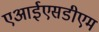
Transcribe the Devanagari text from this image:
एआईएसडीएम